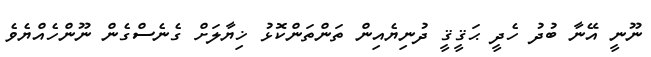
ނޫނީ އޭނާ ބުދު ހެދީ ޙަޤީޤީ ދުނިޔެއިން ތަންތަންކޮޅު ޚިޔާލަށް ގެނެސްގެން ނޫންހެއްޔެވެ